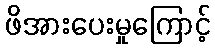
ဖိအားပေးမှုကြောင့်